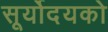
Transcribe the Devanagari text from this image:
सूर्योदयको